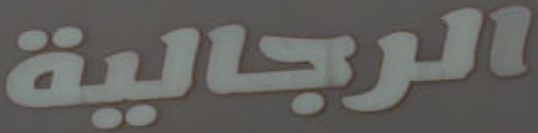
الرجالية